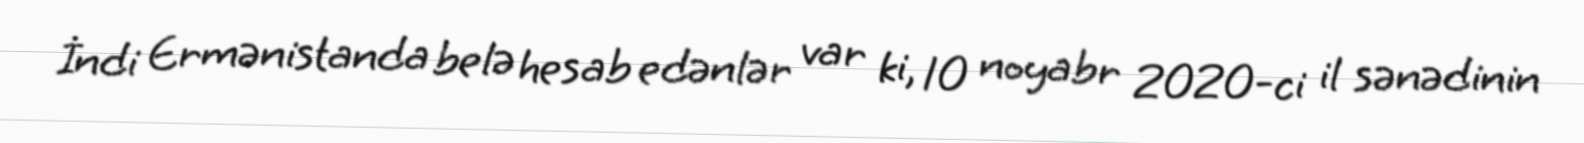
İndi Ermənistanda belə hesab edənlər var ki, 10 noyabr 2020-ci il sənədinin